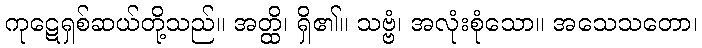
ကုဋေရှစ်ဆယ်တို့သည်။ အတ္ထိ၊ ရှိ၏။ သဗ္ဗံ၊ အလုံးစုံသော။ အသေသတော၊